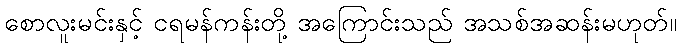
စောလူးမင်းနှင့် ငရမန်ကန်းတို့ အကြောင်းသည် အသစ်အဆန်းမဟုတ်။